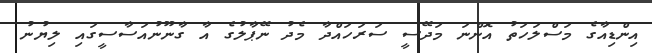
އިންޑިއާގެ މަސްލަހަތު އޮންނަ މަދޭސީ ސަރަހައްދާ މެދު ނޭޕާލުގެ އާ ގާނޫނުއަސާސީގައި ލިޔުނު